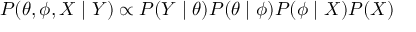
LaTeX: P ( \theta , \phi , X \mid Y ) \propto P ( Y \mid \theta ) P ( \theta \mid \phi ) P ( \phi \mid X ) P ( X )